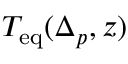
T _ { \mathrm { e q } } ( \Delta _ { p } , z )